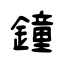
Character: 鐘